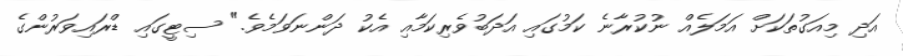
އަދި މިއަގުތަކަށް އަމަލެއް ނުކުރާނެ ކަމުގައި އަދަބުވެރިކަމާއި އެކު ދަންނަވަމެވެ." ސިޓީގައި ޑްރައިވަރުންގެ